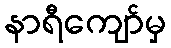
နာရီကျော်မှ